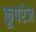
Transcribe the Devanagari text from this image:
कूपरेज